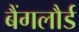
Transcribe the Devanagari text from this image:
बैंगलौर्ड